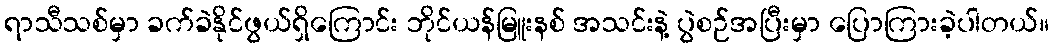
ရာသီသစ်မှာ ခက်ခဲနိုင်ဖွယ်ရှိကြောင်း ဘိုင်ယန်မြူးနစ် အသင်းနဲ့ ပွဲစဉ်အပြီးမှာ ပြောကြားခဲ့ပါတယ်။